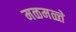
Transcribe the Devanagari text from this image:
मळमळ्ते